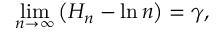
\operatorname* { l i m } _ { n \to \infty } \left( H _ { n } - \ln n \right) = \gamma ,